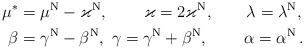
LaTeX: \begin{align*}\mu^*&=\mu^{\rm N}-\varkappa^{\rm N},\qquad\, \varkappa=2\varkappa^{\rm N},\qquad\lambda=\lambda^{\rm N}, \\\beta &=\gamma^{\rm N}-\beta^{\rm N}, \ \gamma =\gamma^{\rm N}+\beta^{\rm N}, \,\qquad\alpha =\alpha ^{\rm N}\,.\end{align*}